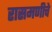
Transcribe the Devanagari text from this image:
रासमणीचे